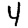
Digit: 4